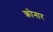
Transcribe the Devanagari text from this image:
क्रोनार